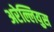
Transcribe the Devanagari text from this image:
अरेल्लियुस